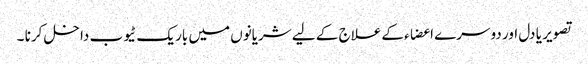
تصویر یا دل اور دوسرے اعضاء کےعلاج کے لیے شریانوں میں باریک ٹیوب داخل کرنا ۔